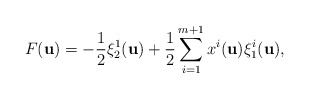
\begin{align*}F({\bf u})=-\frac{1}{2}\xi_2^1({\bf u})+\frac{1}{2}\sum_{i=1}^{m+1}x^i({\bf u})\xi_1^i({\bf u}),\end{align*}